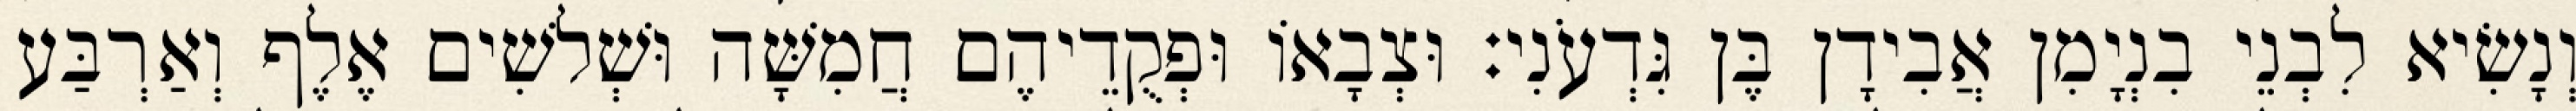
וְנָשִׂיא לִבְנֵי בִנְיָמִן אֲבִידָן בֶּן גִּדְעֹנִי׃ וּצְבָאוֹ וּפְקֻדֵיהֶם חֲמִשָּׁה וּשְׁלשִׁים אֶלֶף וְאַרְבַּע